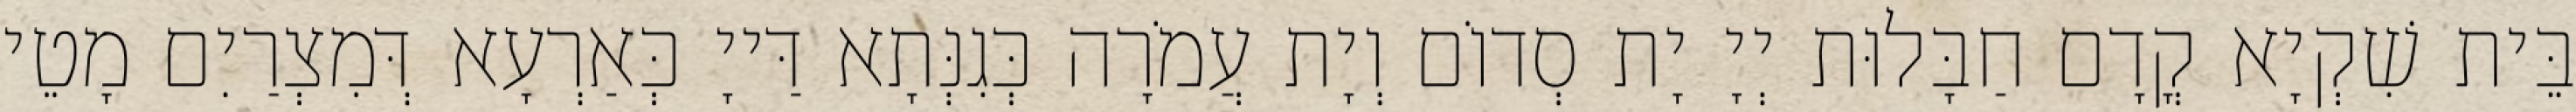
בֵּית שִׁקְיָא קֳדָם חַבָּלוּת יְיָ יָת סְדוֹם וְיָת עֲמֹרָה כְּגִנְּתָא דַּייָ כְּאַרְעָא דְּמִצְרַיִם מָטֵי